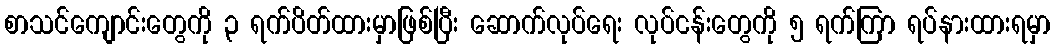
စာသင်ကျောင်းတွေကို ၃ ရက်ပိတ်ထားမှာဖြစ်ပြီး ဆောက်လုပ်ရေး လုပ်ငန်းတွေကို ၅ ရက်ကြာ ရပ်နားထားရမှာ